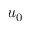
u _ { 0 }